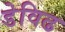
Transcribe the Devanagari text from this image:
डेविढ